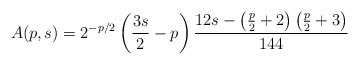
\begin{align*}A(p,s) = 2^{-p/2}\left(\frac{3s}{2}-p\right)\frac{12s-\left(\frac{p}{2}+2\right)\left(\frac{p}{2}+3\right)}{144}\end{align*}